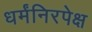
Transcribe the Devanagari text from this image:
धर्मंनिरपेक्ष